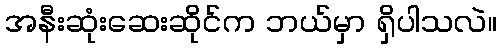
အနီးဆုံးဆေးဆိုင်က ဘယ်မှာ ရှိပါသလဲ။